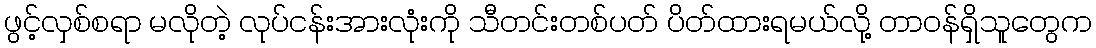
ဖွင့်လှစ်စရာ မလိုတဲ့ လုပ်ငန်းအားလုံးကို သီတင်းတစ်ပတ် ပိတ်ထားရမယ်လို့ တာဝန်ရှိသူတွေက